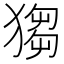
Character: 𤠮